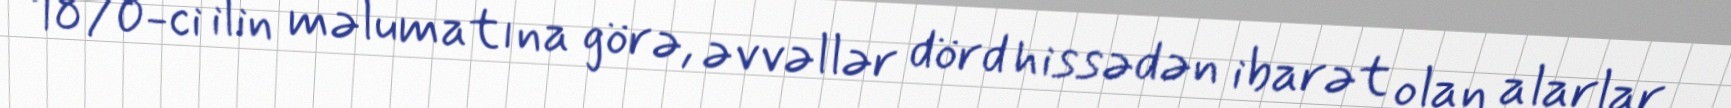
1870-ci ilin məlumatına görə, əvvəllər dörd hissədən ibarət olan alarlar